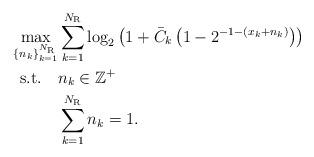
LaTeX: \begin{align*} \begin{aligned}\mathop {\max }\limits_{\left\{ {{n_k}} \right\}_{k = 1}^{{N_{\rm{R}}}}} &\sum\limits_{k = 1}^{{N_{\rm{R}}}} {{{\log }_2}\left( {{{1 + {{\bar C}_k}\left({1 - {2^{ - 1 - ({x_k}+n_k)}}}\right)}}} \right)} \\{\rm{s.t.}}\quad&{n_k} \in {{\mathbb Z}^ + }\\&\sum\limits_{k = 1}^{{N_{\rm{R}}}} {{n_k}} = 1.\end{aligned}\end{align*}